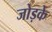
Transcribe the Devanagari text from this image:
जोड़के